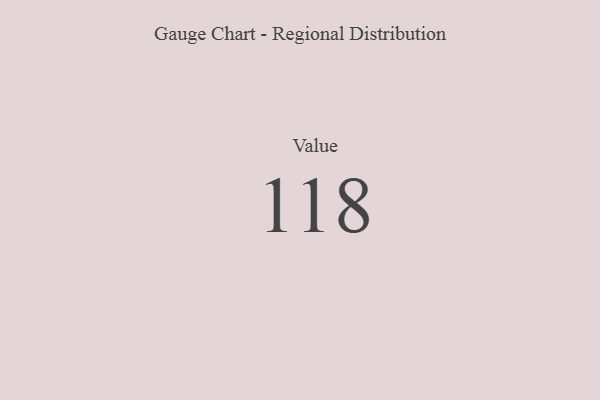
{"axis": {"x": "Metric", "y": "Value"}, "legend": [""], "data": [{"x": "Value", "y": 118, "type": ""}]}